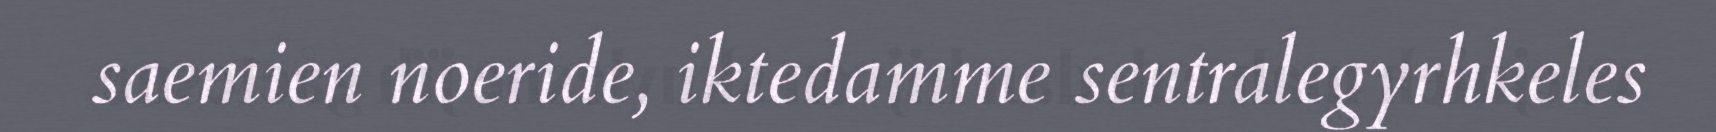
saemien noeride, iktedamme sentralegyrhkeles